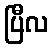
ပြီလ